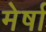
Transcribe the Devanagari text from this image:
मेर्षा